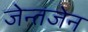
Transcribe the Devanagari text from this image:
जेन्तजेन